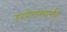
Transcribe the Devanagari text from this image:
उपयोगासंदर्भात